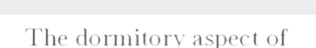
The dormitory aspect of